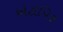
એટોપિક